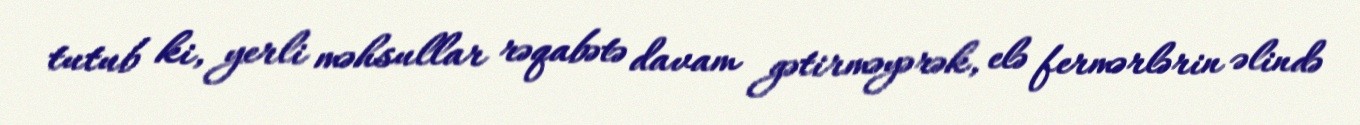
tutub ki, yerli məhsullar rəqabətə davam gətirməyərək, elə fermərlərin əlində